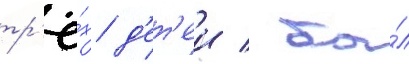
тр'ё́х д'ет'еи / бы́л